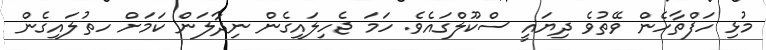
މުޅި ހަފްތާހެން ވޭތުވެ ދިޔައީ ސްކޫލްގައެވެ. ހަމަ ޖެހިލައިގެން ނިދާލަން ކަމަށް ހތުލައިގެން